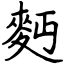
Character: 麪